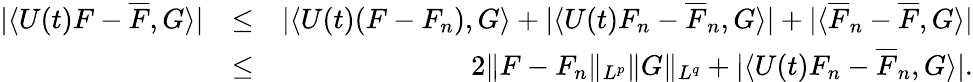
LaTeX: \begin{array}{rlr}{|\langle U(t)F-\overline{{F}},G\rangle|}&{\leq}&{|\langle U(t)(F-F_{n}),G\rangle+|\langle U(t)F_{n}-\overline{{F}}_{n},G\rangle|+|\langle\overline{{F}}_{n}-\overline{{F}},G\rangle|}\\ &{\leq}&{2\| F-F_{n}\| _{L^{p}}\| G\| _{L^{q}}+|\langle U(t)F_{n}-\overline{{F}}_{n},G\rangle|.}\end{array}